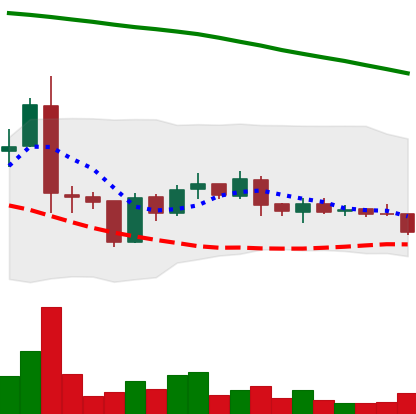
Ticker: ADA-USD
Chart end date: 2019-01-27
Forward return: -6.048%
Label: down_5_7